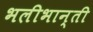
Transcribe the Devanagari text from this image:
भलीभान्ती